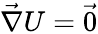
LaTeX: \vec{\nabla}U=\vec{0}